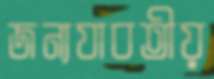
জন্যযাবতীয়